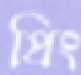
প্রিং